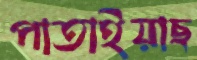
পাতাইয়াছ